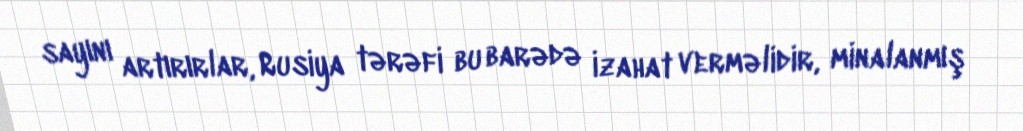
sayını artırırlar, Rusiya tərəfi bu barədə izahat verməlidir, minalanmış